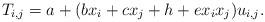
LaTeX: \begin{gather*}T_{i,j}= a+(b x_i+c x_j+h+e x_i x_j) u_{i,j}.\end{gather*}